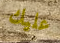
عليك